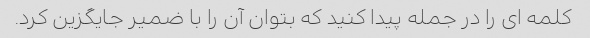
کلمه ای را در جمله پیدا کنید که بتوان آن را با ضمیر جایگزین کرد.